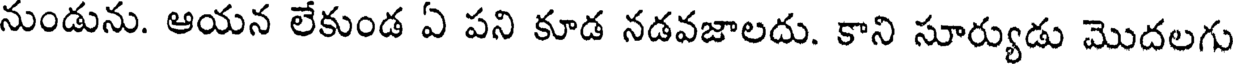
నుండును. ఆయన లేకుండ ఏ పని కూడ నడవజాలదు. కాని సూర్యుడు మొదలగు